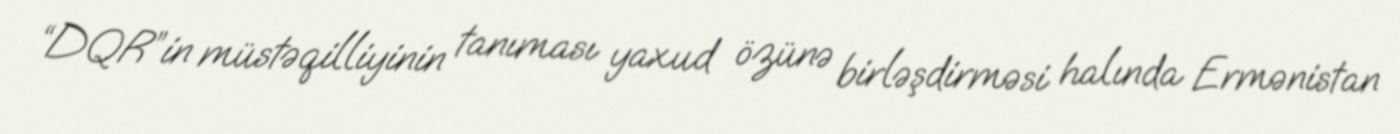
“DQR”in müstəqilliyinin tanıması yaxud özünə birləşdirməsi halında Ermənistan